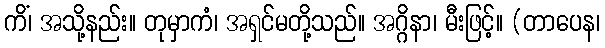
ကိံ၊ အသို့နည်း။ တုမှာကံ၊ အရှင်မတို့သည်။ အဂ္ဂိနာ၊ မီးဖြင့်။ (တာပေန၊